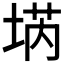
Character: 𡍝